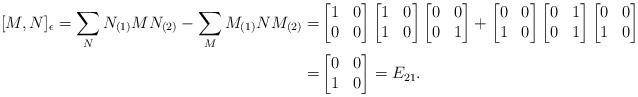
LaTeX: \begin{align*}[M, N]_{\epsilon}=\sum_{N}N_{(1)}MN_{(2)}-\sum_{M}M_{(1)}NM_{(2)}=&\begin{bmatrix}1&0\\0&0\end{bmatrix}\begin{bmatrix}1&0\\1&0\end{bmatrix} \begin{bmatrix}0&0\\0&1\end{bmatrix}+\begin{bmatrix}0&0\\1&0\end{bmatrix}\begin{bmatrix}0&1\\0&1\end{bmatrix}\begin{bmatrix}0&0\\1&0\end{bmatrix}\\=&\begin{bmatrix}0&0\\1&0\end{bmatrix}=E_{21}.\end{align*}